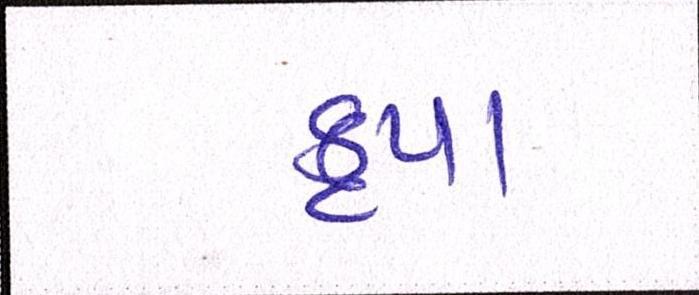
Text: કૃપા